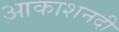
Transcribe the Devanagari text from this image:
आकाशनदी